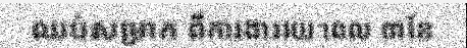
ឈប់សម្រាក ពីការងាររយៈពេល ៣ខែ